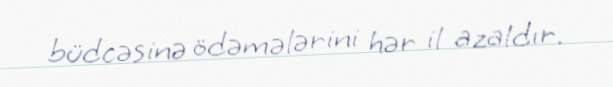
büdcəsinə ödəmələrini hər il azaldır.